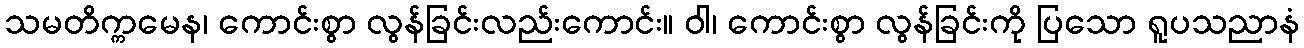
သမတိက္ကမေန၊ ကောင်းစွာ လွန်ခြင်းလည်းကောင်း။ ဝါ၊ ကောင်းစွာ လွန်ခြင်းကို ပြသော ရူပသညာနံ